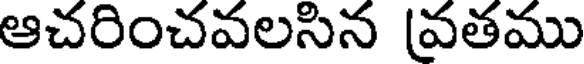
ఆచరించవలసిన [వతము